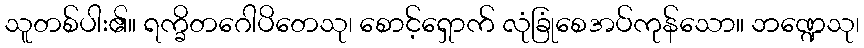
သူတစ်ပါး၏။ ရက္ခိတဂေါပိတေသု၊ စောင့်ရှောက် လုံခြုံစေအပ်ကုန်သော။ ဘဏ္ဍေသု၊